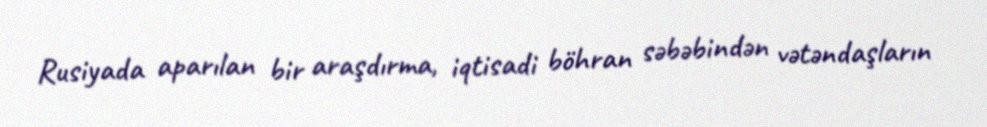
Rusiyada aparılan bir araşdırma, iqtisadi böhran səbəbindən vətəndaşların